画像に写った文字を読んでください
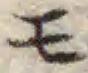
「モ」と書いてあります